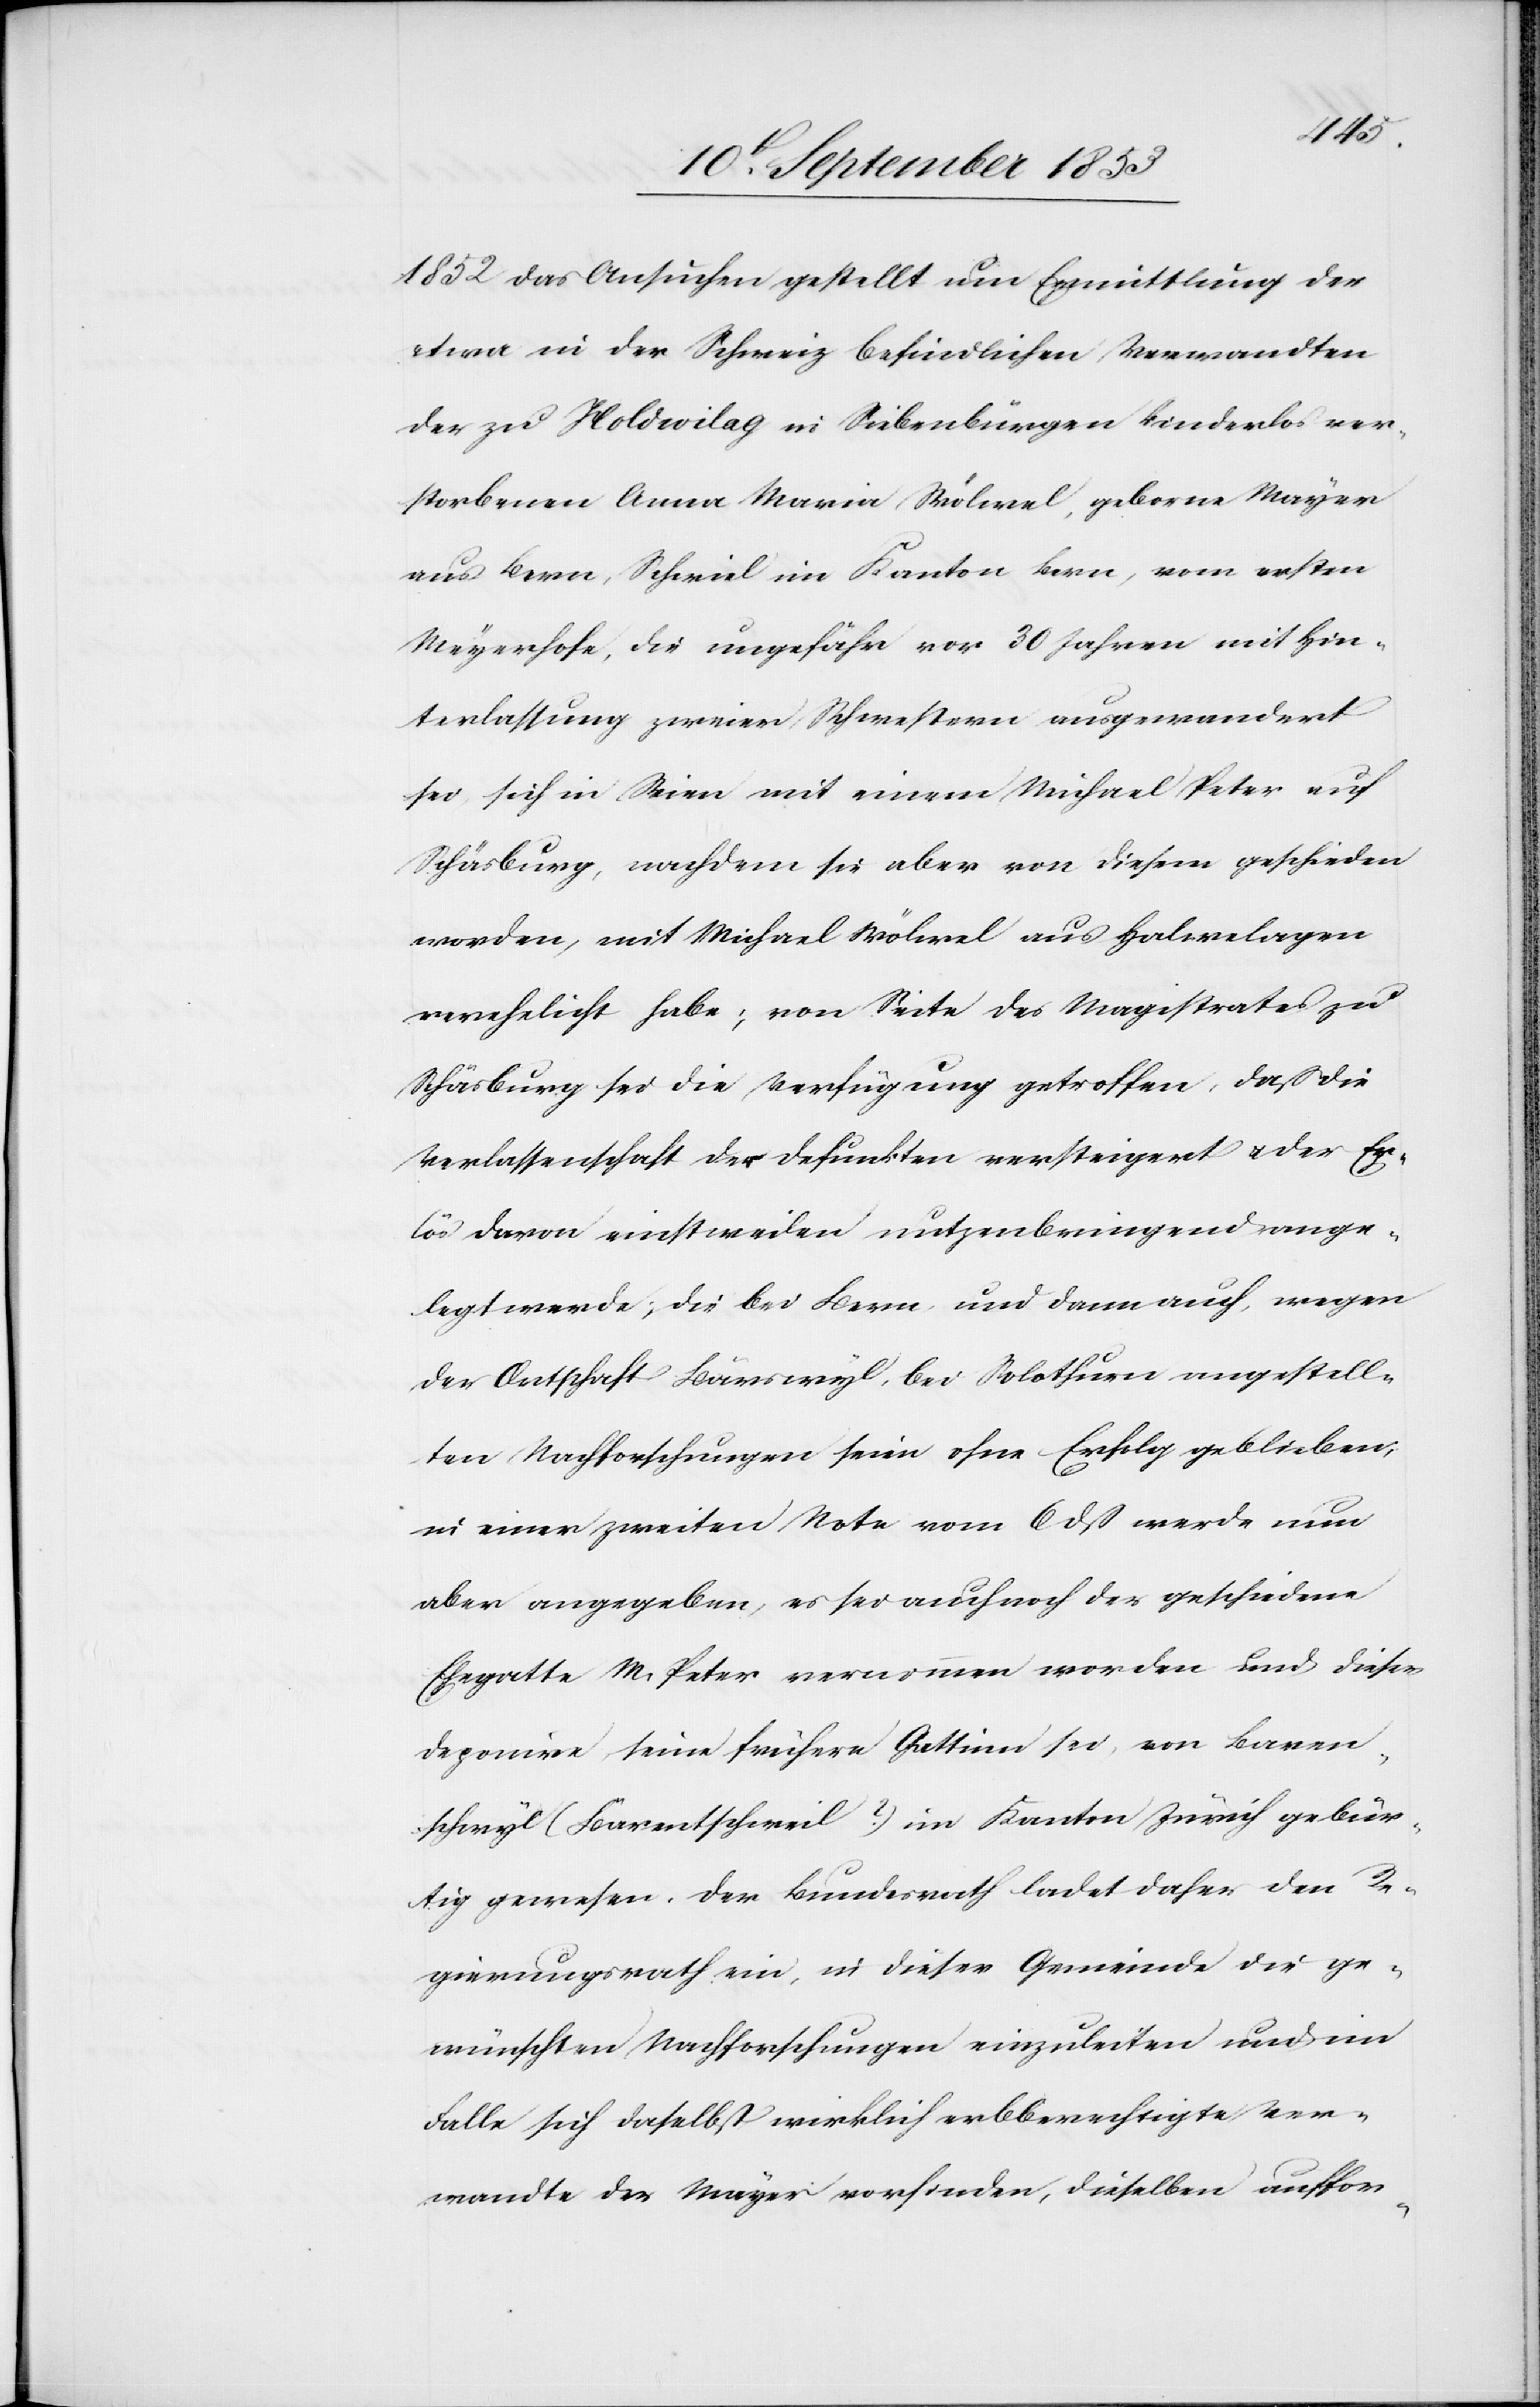
1852 das Ansuchen gestellt um Ermittlung der
etwa in der Schweiz befindlichen Verwandten
der zu Holdwilag in Siebenbürgen kinderlos ver¬
storbenen Anna Maria Wölerel, geborene Mayer
aus Bern, Schriel im Kanton Bern, vom ersten
Mayerhofe, die ungefähr vor 30 Jahren mit Hin¬
terlassung zweier Schwestern ausgewandert
sei, sich in Stein mit einem Michael Peter auf
Schäsburg, nachdem sie aber von diesem geschieden
worden, mit Michael Wölerel aus Halwelagen
verehelicht habe; von Seite des Magistrates zu
Schäsburg sei die Verfügung getroffen, daß die
Verlassenschaft der Defunkten versteigeret u. der Er¬
lös davon einstweilen nutzenbringend ange¬
legt werde; die bei Bern und dem auch, wegen
der Ortschaft Bärswyl, bei Solothurn angestell¬
ten Nachforschungen seien ohne Erfolg geblieben;
in einer zweiten Note vom 6 dß werde nun
aber angegeben, es sei auch noch der geschiedene
Ehegatte M. Peter vernommen worden und dieser
deponire, seine frühere Gattinn sei, von Baren¬
schwyl (Bärentschweil?) im Kanton Zürich gebür¬
tig gewesen. Der Bundesrath ladet daher den Re¬
gierungsrath ein, in dieser Gemeinde die ge¬
wünschten Nachforschungen einzuleiten und im
Falle sich daselbst wirklich erbberechtigte Ver¬
wandte der Mayer vorfinden, dieselben auffor-